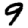
Digit: 9